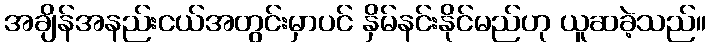
အချိန်အနည်းငယ်အတွင်းမှာပင် နှိမ်နင်းနိုင်မည်ဟု ယူဆခဲ့သည်။